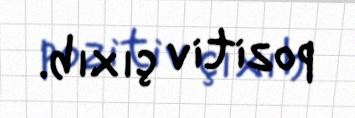
pozitiv çıxıb.